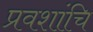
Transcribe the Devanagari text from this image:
प्रवशांचि